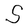
Character: S